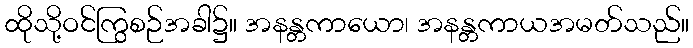
ထိုသို့ဝင်ကြွစဉ်အခါ၌။ အနန္တကာယော၊ အနန္တကာယအမတ်သည်။